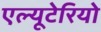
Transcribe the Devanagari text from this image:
एल्यूटेरियो